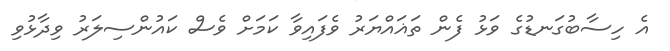
އެ ހިސާބުގަނޑުގެ ވަޅު ފެން ތަޣައްޔަރު ވެފައިވާ ކަމަށް ވެސް ކައުންސިލަރު ވިދާޅުވި